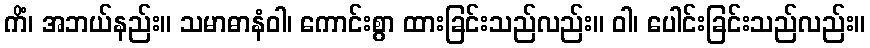
ကိံ၊ အဘယ်နည်း။ သမာဓာနံဝါ၊ ကောင်းစွာ ထားခြင်းသည်လည်း။ ဝါ၊ ပေါင်းခြင်းသည်လည်း။